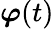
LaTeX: \boldsymbol{\varphi}(t)